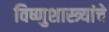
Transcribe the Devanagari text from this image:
विष्णुशास्त्र्यांचे